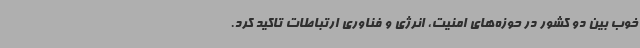
خوب بین دو کشور در حوزه‌های امنیت، انرژی و فناوری ارتباطات تاکید کرد.